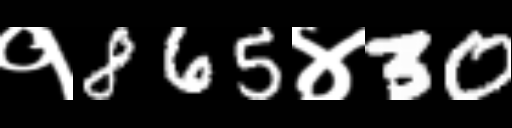
Text: १865४30